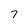
Character: 7